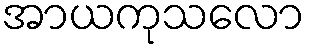
အာယကုသလော